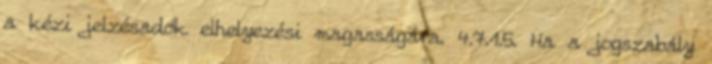
a kézi jelzésadók elhelyezési magasságára. 4.7.1.5. Ha a jogszabály